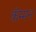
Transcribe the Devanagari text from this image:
कॅम्मन